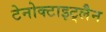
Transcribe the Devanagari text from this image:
टेनोक्टाइट्लैन